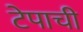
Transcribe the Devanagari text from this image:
टेपाची